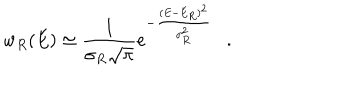
w _ { R } ( E ) \simeq { \frac { 1 } { \sigma _ { R } \sqrt { \pi } } } e ^ { - { \frac { ( E - E _ { R } ) ^ { 2 } } { \sigma _ { R } ^ { 2 } } } } .